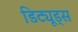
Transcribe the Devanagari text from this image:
डिट्यूड्स